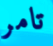
تامر